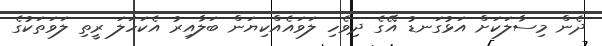
ދެން މިސާލަކަށް އަޅުގަނޑު އޭގެ ދިވެހި ލަވައެއްކިޔަން ބަލާއިރު އެކަހަލަ ރީތި ލަވަތަކުގެ